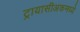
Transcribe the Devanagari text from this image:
ट्रायासीअकमध्ये